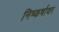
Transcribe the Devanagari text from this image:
निष्कर्षावर